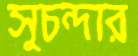
সুচন্দার